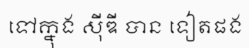
ទៅក្នុង ស៊ីឌី បាន ទៀតផង